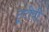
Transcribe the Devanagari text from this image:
ट्रूटीवी